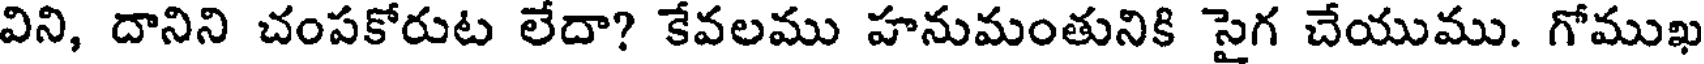
విని, దానిని చంపకోరుట లేదా? కేవలము హనుమంతునికి సైగ చేయుము. గోముఖ